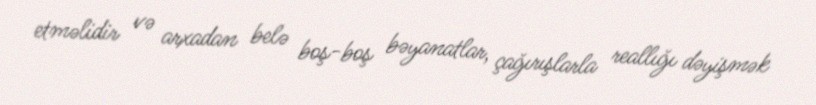
etməlidir və arxadan belə boş-boş bəyanatlar, çağırışlarla reallığı dəyişmək